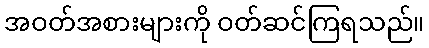
အဝတ်အစားများကို ဝတ်ဆင်ကြရသည်။